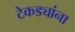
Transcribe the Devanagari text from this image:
टेकड्यांना